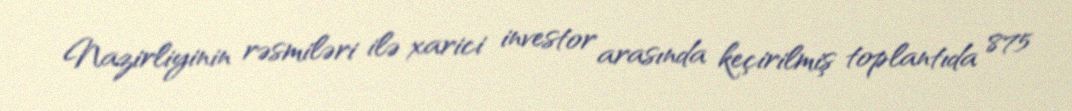
Nazirliyinin rəsmiləri ilə xarici investor arasında keçirilmiş toplantıda 875